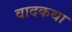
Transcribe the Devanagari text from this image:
वादकथा